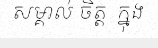
សម្គាល់ ចិត្ត  ក្នុង